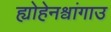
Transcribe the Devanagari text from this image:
ह्योहेनश्वांगाउ